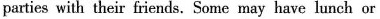
parties with their friends. Some may have lunch or